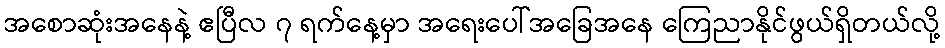
အစောဆုံးအနေနဲ့ ဧပြီလ ၇ ရက်နေ့မှာ အရေးပေါ်အခြေအနေ ကြေညာနိုင်ဖွယ်ရှိတယ်လို့